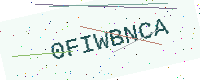
Text: 0FIWBNCA